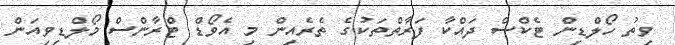
ވިތު ހޯލްޑިން ޓެކްސް ދައްކާ ފަރާތްތަކުގެ ތެރެއިން މި އެވޯޑް ޓްރާންސް މޯލްޑިވިއަން